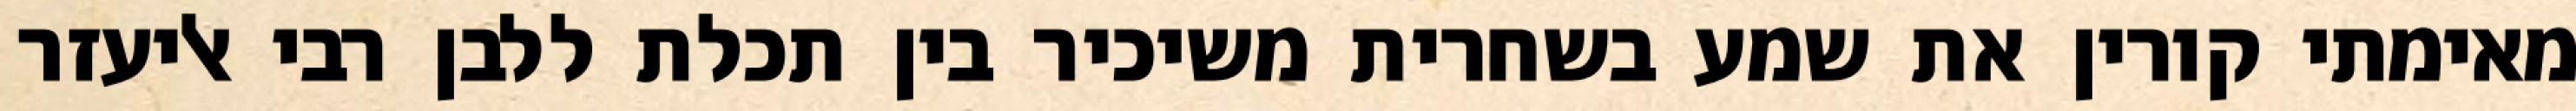
מאימתי קורין את שמע בשחרית משיכיר בין תכלת ללבן רבי אליעזר